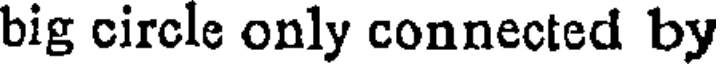
big circle only connected by